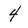
Character: 4